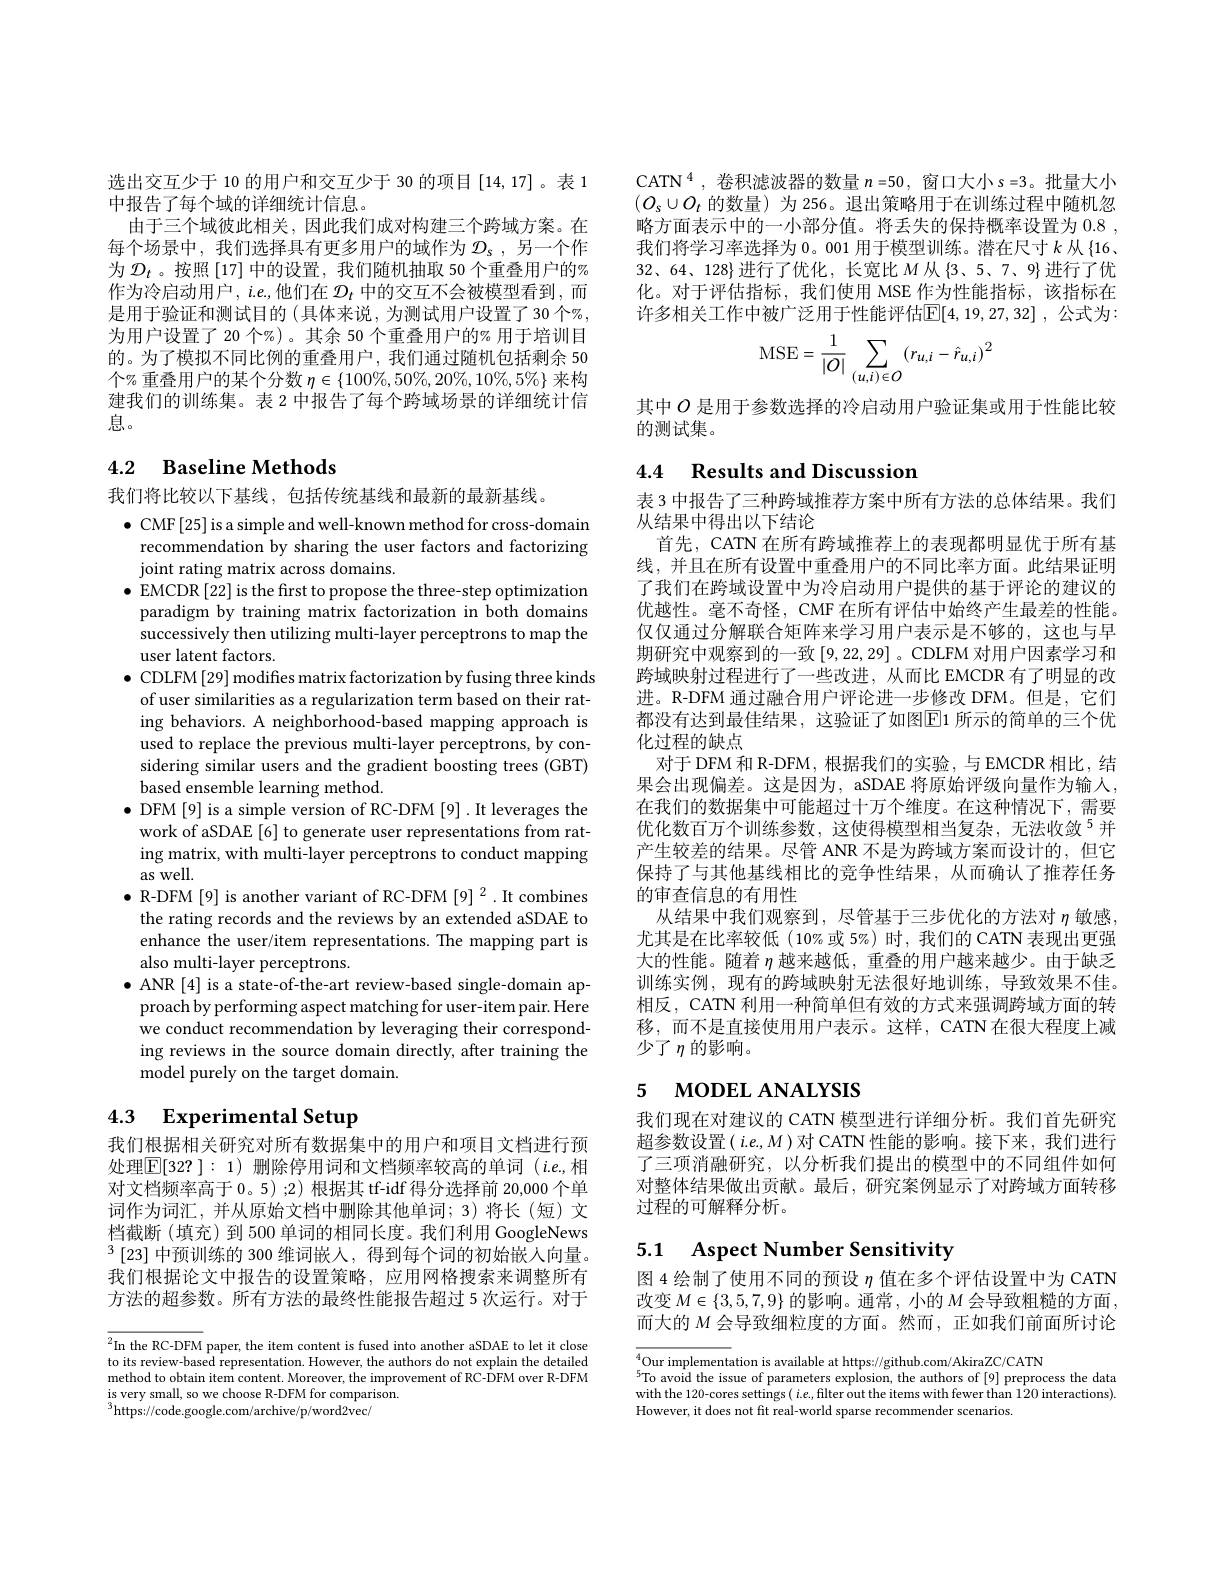
选出交互少于 10 的用户和交互少于 30 的项目[14,17]。表 1
中报告了每个域的详细统计信息。
由于三个域彼此相关，因此我们成对构建三个跨域方案。在每个场景中，我们选择具有更多用户的域作为$\mathcal{D}_s$ ,另一个作为$\mathcal{D}_t$ 。按照 [17] 中的设置，我们随机抽取 50 个重叠用户的% 作为冷启动用户，$i.e$,他们在$\mathcal{D}_t$中的交互不会被模型看到，而是用于验证和测试目的(具体来说，为测试用户设置了30个%, 为用户设置了 20 个%)。其余 50 个重叠用户的% 用于培训目的。为了模拟不同比例的重叠用户，我们通过随机包括剩余 50个% 重叠用户的某个分数$\eta\in\{100\%,50\%,20\%,10\%,5\%\}$来构建我们的训练集。表 2 中报告了每个跨域场景的详细统计信息。

# 4.2 Baseline Methods

我们将比较以下基线，包括传统基线和最新的最新基线。
$\bullet$ CMF[25] is a simple and well-known method for cross-domain
recommendation by sharing the user factors and factorizing
joint rating matrix across domains.
$\bullet$ EMCDR [22] is the first to propose the three-step optimization paradigm by training matrix factorization in both domains successively then utilizing multi-layer perceptrons to map the user latent factors.
$\bullet$ CDLFM [29] modifes matrix factorization by fusing three kinds of user similarities as a regularization term based on their rating behaviors. A neighborhood-based mapping approach is used to replace the previous multi-layer perceptrons, by considering similar users and the gradient boosting trees (GBT) based ensemble learning method.
$\bullet$ DFM[9] is a simple version of RC-DFM [9]. It leverages the work of aSDAE [6] to generate user representations from rating matrix, with multi-layer perceptrons to conduct mapping as well.
$\bullet$ R-DFM[9] is another variant of RC-DFM [9] 2.It combines
the rating records and the reviews by an extended aSDAE to enhance the user/item representations. The mapping part is also multi-layer perceptrons.
$\bullet$ ANR[4] is a state-of-the-art review-based single-domain ap-
proach by performing aspect matching for user-item pair. Here we conduct recommendation by leveraging their corresponding reviews in the source domain directly, after training the model purely on the target domain.

# 4.3 Experimental Setup

我们根据相关研究对所有数据集中的用户和项目文档进行预处理$\boxed{\mathbb{E}[32?]:1}$)删除停用词和文档频率较高的单词(i.e,相对文档频率高于 0。5) ;2) 根据其 tf-idf 得分选择前 20,000 个单词作为词汇，并从原始文档中删除其他单词；3)将长(短)文档截断(填充)到 500 单词的相同长度。我们利用 GoogleNews $^3\left[23\right]$中预训练的 300 维词嵌人，得到每个词的初始嵌人向量。我们根据论文中报告的设置策略，应用网格搜索来调整所有方法的超参数。所有方法的最终性能报告超过 5 次运行。对于

${\overline {^2\ln \text{the RC- DFM}}}$ paper, the item content is fused into another aSDAE to let it close to its roviow bord roproontotion Horvor tho authors do ost arploin tho dotoilod to its review-based representation. However, the authors do not explain the detailed method to obtain item content. Moreover, the improvement of RC- DFM over R-DFM $\begin{array}{c}\mathrm{is~very~small,~so~we~choose~R-DFM~for~comparison.}\\\mathrm{is~very~small,~so~we~choose~R-DFM~for~comparison.}\end{array}$
$^{3}$https://code.google.com/archive/p/word2vec/

CATN$^4$,卷积滤波器的数量$n=50$,窗口大小$s=3$。批量大小$(O_s\cup O_t$的数量)为 256。退出策略用于在训练过程中随机忽略方面表示中的一小部分值。将丢失的保持概率设置为 0.8 , 我们将学习率选择为 0。001 用于模型训练。潜在尺寸$k$从 {16、 32、64、128}进行了优化，长宽比$M$从 3、5、7、9}进行了优化。对于评估指标，我们使用 MSE 作为性能指标，该指标在许多相关工作中被广泛用于性能评估$\mathbb{E}[4,19,27,32]$ ,公式为：
$$\mathrm{MSE}=\frac{1}{|O|}\sum_{(u,i)\in O}(r_{u,i}-\hat{r}_{u,i})^2$$
其中$O$是用于参数选择的冷启动用户验证集或用于性能比较
的测试集。

# 4.4 Results and Discussion

表 3 中报告了三种跨域推荐方案中所有方法的总体结果。我们
从结果中得出以下结论
首先，CATN 在所有跨域推荐上的表现都明显优于所有基线，并且在所有设置中重叠用户的不同比率方面。此结果证明了我们在跨域设置中为冷启动用户提供的基于评论的建议的优越性。毫不奇怪，CMF 在所有评估中始终产生最差的性能。仅仅通过分解联合矩阵来学习用户表示是不够的，这也与早期研究中观察到的一致[9,22,29]。CDLFM 对用户因素学习和跨域映射过程进行了一些改进，从而比 EMCDR 有了明显的改进。R-DFM 通过融合用户评论进一步修改 DFM。但是，它们都没有达到最佳结果，这验证了如图$\boxed{\mathrm{E}}1$ 所示的简单的三个优化过程的缺点
对于 DFM 和 R-DFM, 根据我们的实验，与 EMCDR 相比，结果会出现偏差。这是因为，aSDAE 将原始评级向量作为输人， 在我们的数据集中可能超过十万个维度。在这种情况下，需要优化数百万个训练参数，这使得模型相当复杂，无法收敛$^{5}$并产生较差的结果。尽管 ANR 不是为跨域方案而设计的，但它保持了与其他基线相比的竞争性结果，从而确认了推荐任务的审查信息的有用性
从结果中我们观察到，尽管基于三步优化的方法对$\eta$敏感尤其是在比率较低(10%或 5%) 时，我们的 CATN 表现出更强大的性能。随着$\eta$越来越低，重叠的用户越来越少。由于缺乏训练实例，现有的跨域映射无法很好地训练，导致效果不佳。相反，CATN 利用一种简单但有效的方式来强调跨域方面的转移，而不是直接使用用户表示。这样，CATN 在很大程度上减少了$\eta$的影响。

# 5 MODEL ANALYSIS

我们现在对建议的 CATN 模型进行详细分析。我们首先研究超参数设置$(i.e.,M)$对 CATN 性能的影响。接下来，我们进行了三项消融研究，以分析我们提出的模型中的不同组件如何对整体结果做出贡献。最后，研究案例显示了对跨域方面转移过程的可解释分析。

## 5.1 Aspect Number Sensitivity

图 4 绘制了使用不同的预设$\eta$值在多个评估设置中为 CATN 改变$M\in\{3,5,7,9\}$的影响。通常，小的$M$会导致粗糙的方面， 而大的$M$会导致细粒度的方面。然而，正如我们前面所讨论

4Our implementation is available at https: / / github. com/ AkiraZC/ CATN 5To avoid tho iccun of normotors omlocion tho authorc of [ 0] nronrod
$^{5}$To avoid the issue of parameters explosion, the authors of [9] preprocess the data with the 120-cores settings( $i.e$,filter out the items with fewer than 120 interactions). However, it does not fit real-world sparse recommender scenarios